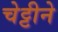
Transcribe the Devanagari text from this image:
चेट्टीने